Malaria in the Duars
Disease focus: Malaria
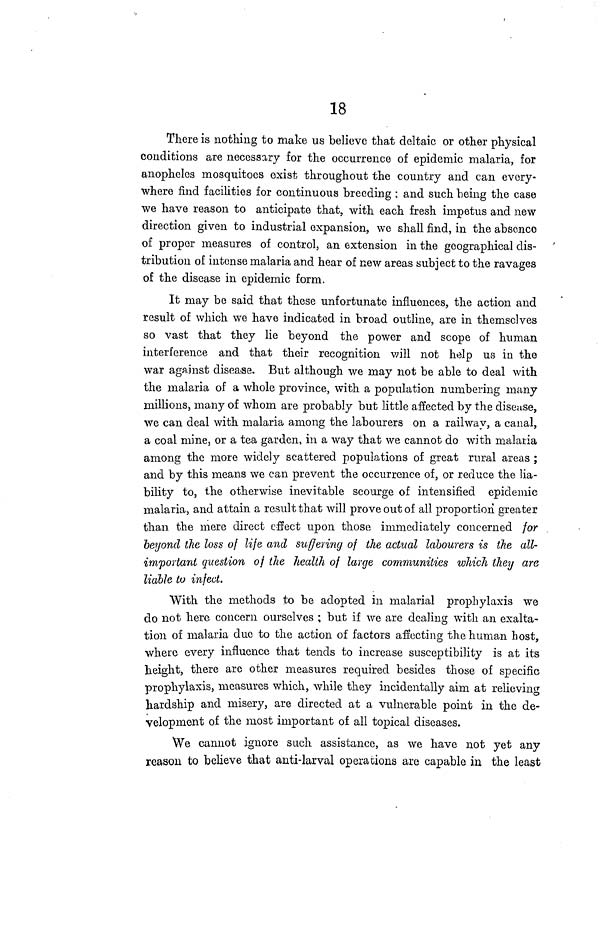
18
There is nothing to make us believe that deltaic or other physical
conditions are necessary for the occurrence of epidemic malaria, for
anopheles mosquitoes exist throughout the country and can every-
where find facilities for continuous breeding ; and such being the case
we have reason to anticipate that, with each fresh impetus and new
direction given to industrial expansion, we shall find, in the absence
of proper measures of control, an extension in the geographical dis-
tribution of intense malaria and hear of new areas subject to the ravages
of the disease in epidemic form.
It may be said that these unfortunate influences, the action and
result of which we have indicated in broad outline, are in themselves
so vast that they lie beyond the power and scope of human
interference and that their recognition will not help us in the
war against disease. But although we may not be able to deal with
the malaria of a whole province, with a population numbering many
millions, many of whom are probably but little affected by the disease,
we can deal with malaria among the labourers on a railway, a canal,
a coal mine, or a tea garden, in a way that we cannot do with malaria
among the more widely scattered populations of great rural areas ;
and by this means we can prevent the occurrence of, or reduce the lia-
bility to, the otherwise inevitable scourge of intensified epidemic
malaria, and attain a result that will prove out of all proportion greater
than the mere direct effect upon those immediately concerned for
beyond the loss of life and suffering of the actual labourers is the all-
important question of the health of large communities which they are
liable to infect.
With the methods to be adopted in malarial prophylaxis we
do not here concern ourselves ; but if we are dealing with an exalta-
tion of malaria due to the action of factors affecting the human host,
where every influence that tends to increase susceptibility is at its
height, there are other measures required besides those of specific
prophylaxis, measures which, while they incidentally aim at relieving
hardship and misery, are directed at a vulnerable point in the de-
velopment of the most important of all topical diseases.
We cannot ignore such assistance, as we have not yet any
reason to believe that anti-larval operations are capable in the least